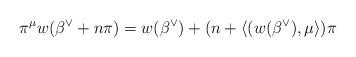
LaTeX: \begin{align*}\pi^\mu w(\beta^\vee + n \pi) = w(\beta^\vee) + (n + \langle(w(\beta^\vee), \mu \rangle ) \pi\end{align*}